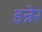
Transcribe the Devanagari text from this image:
इन्नेर